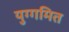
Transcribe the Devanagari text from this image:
युग्गमित